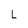
Character: L